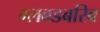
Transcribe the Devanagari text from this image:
ग्लबडबरिब